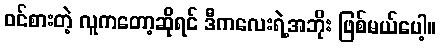
ဝင်စားတဲ့ လူကတော့ဆိုရင် ဒီကလေးရဲ့အဘိုး ဖြစ်မယ်ပေါ့။